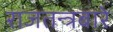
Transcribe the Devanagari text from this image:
राजतन्त्रबारे